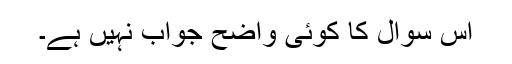
اس سوال کا کوئی واضح جواب نہیں ہے۔